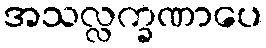
အသလ္လက္ခဏာပေ